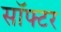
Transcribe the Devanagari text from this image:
सॉफ्टर